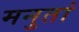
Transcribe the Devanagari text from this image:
मनुतां